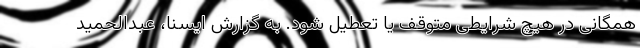
همگانی در هیچ شرایطی متوقف یا تعطیل شود. به گزارش ایسنا، عبدالحمید